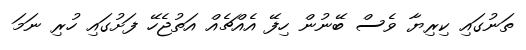
ތަނުގައި ކިރިޔާ ވެސް ބޭނުން ހިފޭ އެއްޗެއް އަތުޖެހޭ ފަށުގައި ހުރި ނަމަ